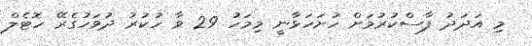
މި އަދަދު ފާސްކުރުމަށް ހުށަހަޅާނީ މިމަހު 29 ވާ ހުކުރު ދުވަހުގެރޭ ހޮޓެލް